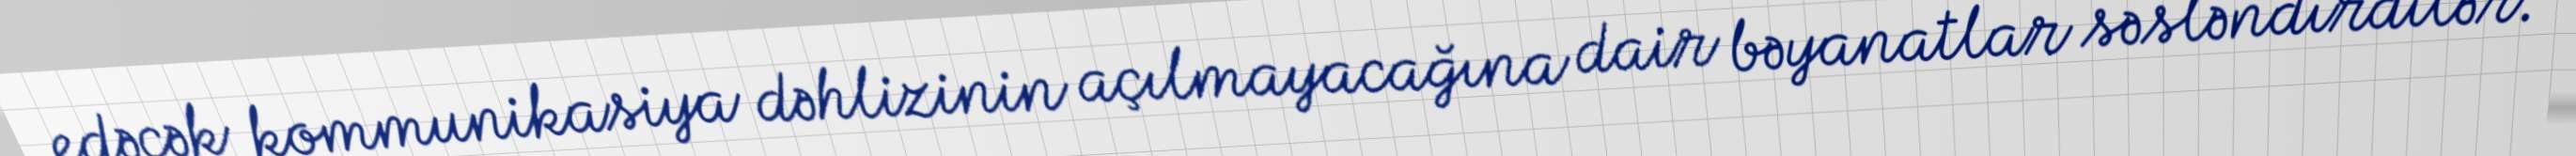
edəcək kommunikasiya dəhlizinin açılmayacağına dair bəyanatlar səsləndirdilər.